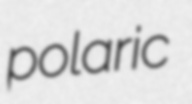
polaric